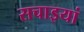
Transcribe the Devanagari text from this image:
सचाइयां